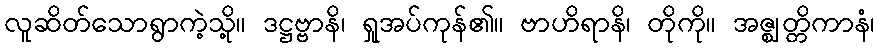
လူဆိတ်သောရွာကဲ့သို့။ ဒဋ္ဌဗ္ဗာနိ၊ ရှုအပ်ကုန်၏။ ဗာဟိရာနိ၊ တိုကို။ အဇ္ဈတ္တိကာနံ၊